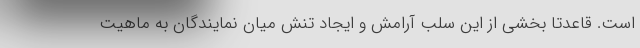
است. قاعدتاً بخشی از این سلب آرامش و ایجاد تنش میان نمایندگان به ماهیت